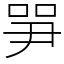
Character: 㖐